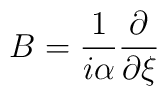
B = \frac{1}{i\alpha}\frac{\partial}{\partial\xi}